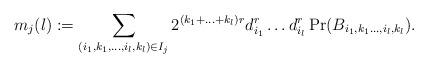
LaTeX: \begin{align*}m_{j}(l):= \sum_{(i_1,k_1,\ldots,i_l,k_l)\in I_j} 2^{(k_1+\ldots+k_l)r}d_{i_1}^r\ldots d_{i_l}^r\Pr(B_{i_1,k_1\ldots,i_l,k_l}).\end{align*}